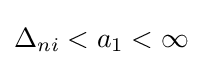
\Delta _{ni}<a_{1}<\infty